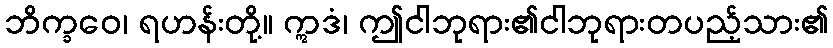
ဘိက္ခဝေ၊ ရဟန်းတို့။ ဣဒံ၊ ဤငါဘုရား၏ငါဘုရားတပည့်သား၏